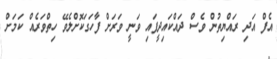
އެފް އަދި ރައްޔިތުން ވެސް ދައްކައިދީފައި ވަނީ ވަރަށް ފާހަގަކޮށްލެވޭ ހިތްވަރެއް ކަމަށް